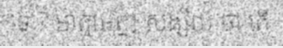
ទេ ? ឤត្មាអញ សង្ស័យ ថា តើ